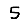
Digit: 5